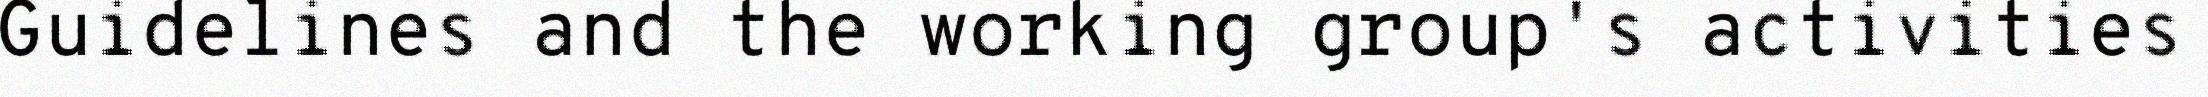
Guidelines and the working group's activities